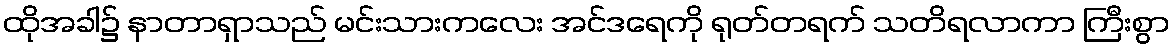
ထိုအခါ၌ နာတာရှာသည် မင်းသားကလေး အင်ဒရေကို ရုတ်တရက် သတိရလာကာ ကြီးစွာ